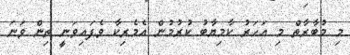
މި މުބާރާތް މި އަހަރު ކާމިޔާބު ކުރުމުން އެމެރިކާ ވެފައިވަނީ ތިން ވަނަ